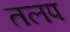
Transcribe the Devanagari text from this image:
तलप